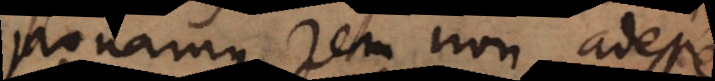
ponamus rem non adesse,